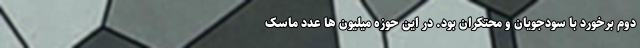
دوم برخورد با سودجویان و محتکران بود. در این حوزه میلیون ها عدد ماسک